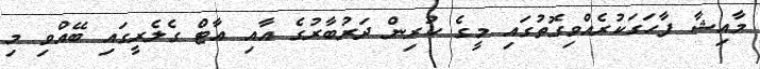
މާއިޝާ ފާހަގަކުރެއްވިގޮތުގައި މީގެ ކުރިން ދަރުބާރުގެ އާއި އާޓް ގެލެރީގައި ބޭއްވި މި